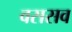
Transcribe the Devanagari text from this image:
वससव